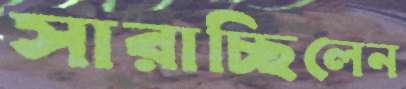
সারাচ্ছিলেন